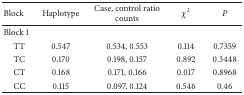
<table><thead><tr><td><b>Block</b></td><td><b>Haplotype</b></td><td><b>Case, control ratio counts</b></td><td><b><i>χ</i><sup>2</sup></b></td><td><b><i>P</i></b></td></tr></thead><tbody><tr><td>Block 1</td><td> </td><td> </td><td> </td><td> </td></tr><tr><td> TT</td><td>0.547</td><td>0.534, 0.553</td><td>0.114</td><td>0.7359</td></tr><tr><td> TC</td><td>0.170</td><td>0.198, 0.157</td><td>0.892</td><td>0.3448</td></tr><tr><td> CT</td><td>0.168</td><td>0.171, 0.166</td><td>0.017</td><td>0.8968</td></tr><tr><td> CC</td><td>0.115</td><td>0.097, 0.124</td><td>0.546</td><td>0.46</td></tr></tbody></table>